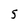
Character: 5